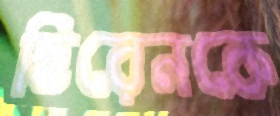
হিরেনকে